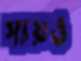
সায়ও